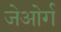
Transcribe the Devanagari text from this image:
जेओर्ग